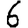
Digit: 6